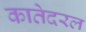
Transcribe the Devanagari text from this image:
कातेदरल